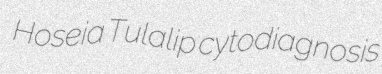
Hoseia Tulalip cytodiagnosis